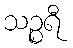
သဉ္စရီ